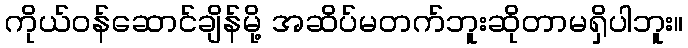
ကိုယ်ဝန်ဆောင်ချိန်မို့ အဆိပ်မတက်ဘူးဆိုတာမရှိပါဘူး။